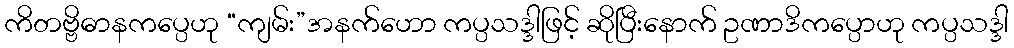
ကိတဗ္ဗိဓာနကပ္ပေဟု “ကျမ်း”အနက်ဟော ကပ္ပသဒ္ဒါဖြင့် ဆိုပြီးနောက် ဥဏာဒိကပ္ပောဟု ကပ္ပသဒ္ဒါ